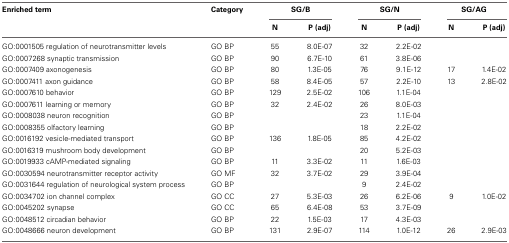
<table><thead><tr><td><b>Enriched term</b></td><td><b>Category</b></td><td colspan="2"><b>SG/B</b></td><td colspan="2"><b>SG/N</b></td><td colspan="2"><b>SG/AG</b></td></tr><tr><td></td><td></td><td><b>N</b></td><td><b>P (adj)</b></td><td><b>N</b></td><td><b>P (adj)</b></td><td><b>N</b></td><td><b>P (adj)</b></td></tr></thead><tbody><tr><td>GO:0001505 regulation of neurotransmitter levels</td><td>GO BP</td><td>55</td><td>8.0E-07</td><td>32</td><td>2.2E-02</td><td></td><td></td></tr><tr><td>GO:0007268 synaptic transmission</td><td>GO BP</td><td>90</td><td>6.7E-10</td><td>61</td><td>3.8E-06</td><td></td><td></td></tr><tr><td>GO:0007409 axonogenesis</td><td>GO BP</td><td>80</td><td>1.3E-05</td><td>76</td><td>9.1E-12</td><td>17</td><td>1.4E-02</td></tr><tr><td>GO:0007411 axon guidance</td><td>GO BP</td><td>58</td><td>8.4E-05</td><td>57</td><td>2.2E-10</td><td>13</td><td>2.8E-02</td></tr><tr><td>GO:0007610 behavior</td><td>GO BP</td><td>129</td><td>2.5E-02</td><td>106</td><td>1.1E-04</td><td></td><td></td></tr><tr><td>GO:0007611 learning or memory</td><td>GO BP</td><td>32</td><td>2.4E-02</td><td>26</td><td>8.0E-03</td><td></td><td></td></tr><tr><td>GO:0008038 neuron recognition</td><td>GO BP</td><td></td><td></td><td>23</td><td>1.1E-04</td><td></td><td></td></tr><tr><td>GO:0008355 olfactory learning</td><td>GO BP</td><td></td><td></td><td>18</td><td>2.2E-02</td><td></td><td></td></tr><tr><td>GO:0016192 vesicle-mediated transport</td><td>GO BP</td><td>136</td><td>1.8E-05</td><td>85</td><td>4.2E-02</td><td></td><td></td></tr><tr><td>GO:0016319 mushroom body development</td><td>GO BP</td><td></td><td></td><td>20</td><td>5.2E-03</td><td></td><td></td></tr><tr><td>GO:0019933 cAMP-mediated signaling</td><td>GO BP</td><td>11</td><td>3.3E-02</td><td>11</td><td>1.6E-03</td><td></td><td></td></tr><tr><td>GO:0030594 neurotransmitter receptor activity</td><td>GO MF</td><td>32</td><td>3.7E-02</td><td>29</td><td>3.9E-04</td><td></td><td></td></tr><tr><td>GO:0031644 regulation of neurological system process</td><td>GO BP</td><td></td><td></td><td>9</td><td>2.4E-02</td><td></td><td></td></tr><tr><td>GO:0034702 ion channel complex</td><td>GO CC</td><td>27</td><td>5.3E-03</td><td>26</td><td>6.2E-06</td><td>9</td><td>1.0E-02</td></tr><tr><td>GO:0045202 synapse</td><td>GO CC</td><td>65</td><td>6.4E-08</td><td>53</td><td>3.7E-09</td><td></td><td></td></tr><tr><td>GO:0048512 circadian behavior</td><td>GO BP</td><td>22</td><td>1.5E-03</td><td>17</td><td>4.3E-03</td><td></td><td></td></tr><tr><td>GO:0048666 neuron development</td><td>GO BP</td><td>131</td><td>2.9E-07</td><td>114</td><td>1.0E-12</td><td>26</td><td>2.9E-03</td></tr></tbody></table>